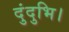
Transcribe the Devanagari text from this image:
दुंदुभि।